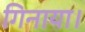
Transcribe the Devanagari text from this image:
गिनाया।